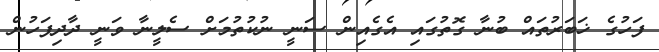
ފަހުގެ ޚަބަރުތައް ބުނާ ގޮތުގައި އެގެއިން ސަނީ ނުކުތުމަށް ސެލީނާ ވަނީ ދާދިފަހުން